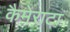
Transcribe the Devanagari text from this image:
कैमेराटा